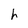
Character: h